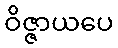
ဝိဇ္ဇာယပေ